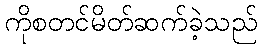
ကိုစတင်မိတ်ဆက်ခဲ့သည်